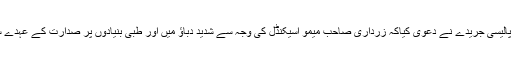
لیکن اس وقت امریکی فارن پالیسی جریدے نے دعوی کیاکہ زرداری صاحب میمو اسیکنڈل کی وجہ سے شدید دباؤ میں اور طبی بنیادوں پر صدارت کے عہدے سے سبکدوش ہو سکتے ہیں۔